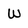
Character: W